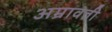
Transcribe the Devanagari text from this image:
अम्रावती